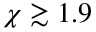
\chi \gtrsim 1 . 9